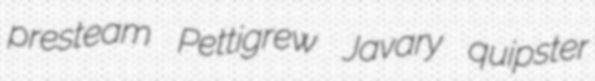
presteam Pettigrew Javary quipster